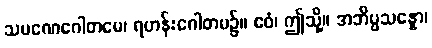
သမဏေဂေါတမေ၊ ရဟန်းဂေါတမ၌။ ဧဝံ၊ ဤသို့။ အဘိပ္ပသန္နော၊